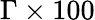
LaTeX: \Gamma\times 100